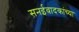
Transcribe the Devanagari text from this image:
सनईवादकांच्या